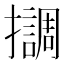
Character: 𢸛